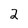
Character: 2